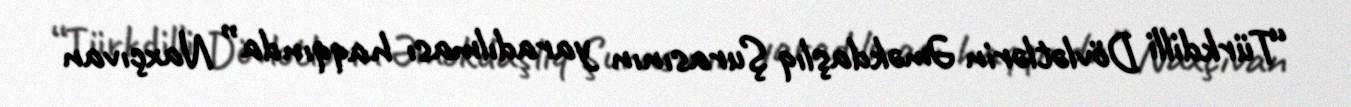
“Türkdilli Dövlətlərin Əməkdaşlıq Şurasının yaradılması haqqında” Naxçıvan